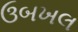
ઉબખલ